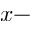
x -